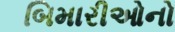
બિમારીઓનો